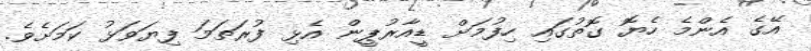
އޭގެ އެންމެ ހެޔޮ ގޮތުގައި ހިފުމަށް ޑީއާރުޕީން އެޅި ފުރަތަމަ ފިޔަވަޅު ކަމަށެވެ.